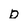
Character: D